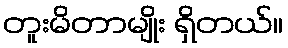
တူးမိတာမျိုး ရှိတယ်။